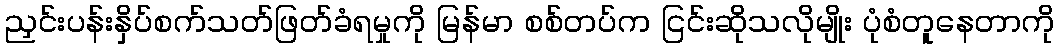
ညှင်းပန်းနှိပ်စက်သတ်ဖြတ်ခံရမှုကို မြန်မာ စစ်တပ်က ငြင်းဆိုသလိုမျိုး ပုံစံတူနေတာကို